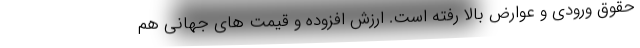
حقوق ورودی و عوارض بالا رفته است. ارزش افزوده و قیمت های جهانی هم